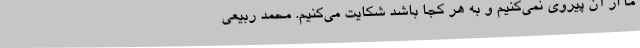
ما از آن پیروی نمی‌کنیم و به هر کجا باشد شکایت می‌کنیم. محمد ربیعی